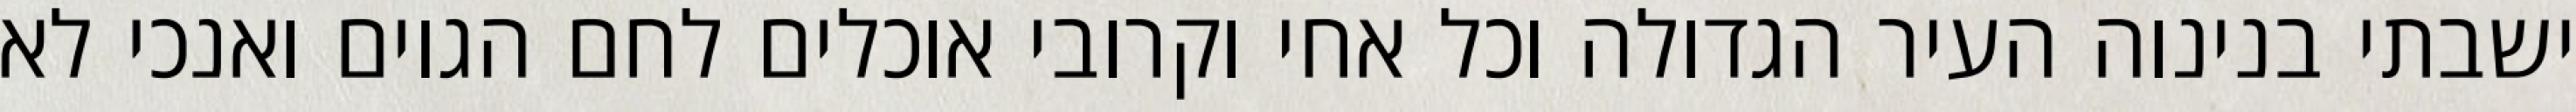
ישבתי בנינוה העיר הגדולה וכל אחי וקרובי אוכלים לחם הגוים ואנכי לא